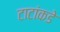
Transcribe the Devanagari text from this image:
टाटांकडे